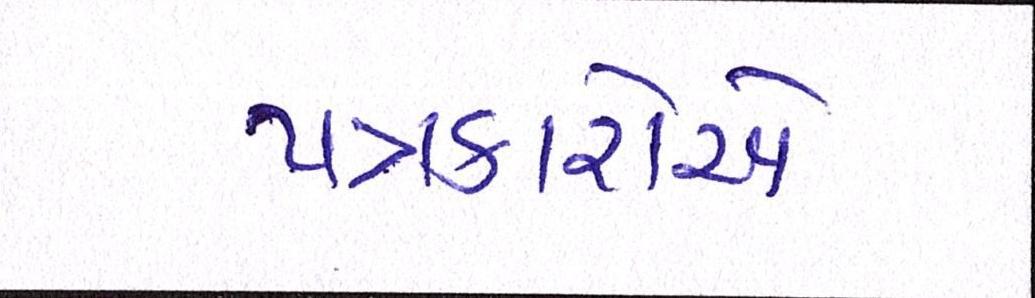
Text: પત્રકારોએ